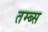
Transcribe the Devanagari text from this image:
तम्ब्स